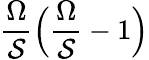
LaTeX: \frac{\Omega}{\mathcal{S}}\Big(\frac{\Omega}{\mathcal{S}}-1\Big)